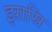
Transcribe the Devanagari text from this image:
झासि